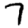
Digit: 7